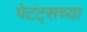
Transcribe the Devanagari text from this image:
पेटंट्सच्या